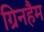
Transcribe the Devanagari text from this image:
ग्रिनहैम